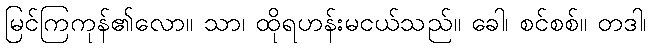
မြင်ကြကုန်၏လော။ သာ၊ ထိုရဟန်းမငယ်သည်။ ခေါ၊ စင်စစ်။ တဒါ၊